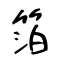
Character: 箔